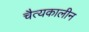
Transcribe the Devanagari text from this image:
चैत्यकालीन